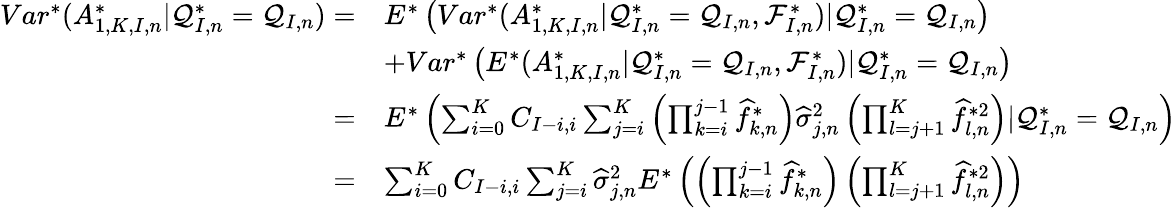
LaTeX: \begin{array}{rl}{Var^{*}(A_{1,K,I,n}^{*}|\mathcal{Q}_{I,n}^{*}=\mathcal{Q}_{I,n})=}&{E^{*}\left(Var^{*}(A_{1,K,I,n}^{*}|\mathcal{Q}_{I,n}^{*}=\mathcal{Q}_{I,n},\mathcal{F}_{I,n}^{*})|\mathcal{Q}_{I,n}^{*}=\mathcal{Q}_{I,n}\right)}\\ &{+Var^{*}\left(E^{*}(A_{1,K,I,n}^{*}|\mathcal{Q}_{I,n}^{*}=\mathcal{Q}_{I,n},\mathcal{F}_{I,n}^{*})|\mathcal{Q}_{I,n}^{*}=\mathcal{Q}_{I,n}\right)}\\ {=}&{E^{*}\left(\sum_{i=0}^{K}C_{I-i,i}\sum_{j=i}^{K}\left(\prod_{k=i}^{j-1}\widehat{f}_{k,n}^{*}\right)\widehat{\sigma}_{j,n}^{2}\left(\prod_{l=j+1}^{K}\widehat{f}_{l,n}^{*2}\right)|\mathcal{Q}_{I,n}^{*}=\mathcal{Q}_{I,n}\right)}\\ {=}&{\sum_{i=0}^{K}C_{I-i,i}\sum_{j=i}^{K}\widehat{\sigma}_{j,n}^{2}E^{*}\left(\left(\prod_{k=i}^{j-1}\widehat{f}_{k,n}^{*}\right)\left(\prod_{l=j+1}^{K}\widehat{f}_{l,n}^{*2}\right)\right)}\end{array}